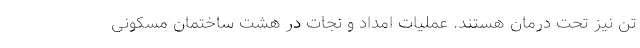
تن نیز تحت درمان هستند. عملیات امداد و نجات در هشت ساختمان مسکونی